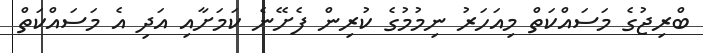
ބްރިޖުގެ މަސައްކަތް މިއަހަރު ނިމުމުގެ ކުރިން ފެށޭނެ ކަމަށާއި އަދި އެ މަސައްކަތް